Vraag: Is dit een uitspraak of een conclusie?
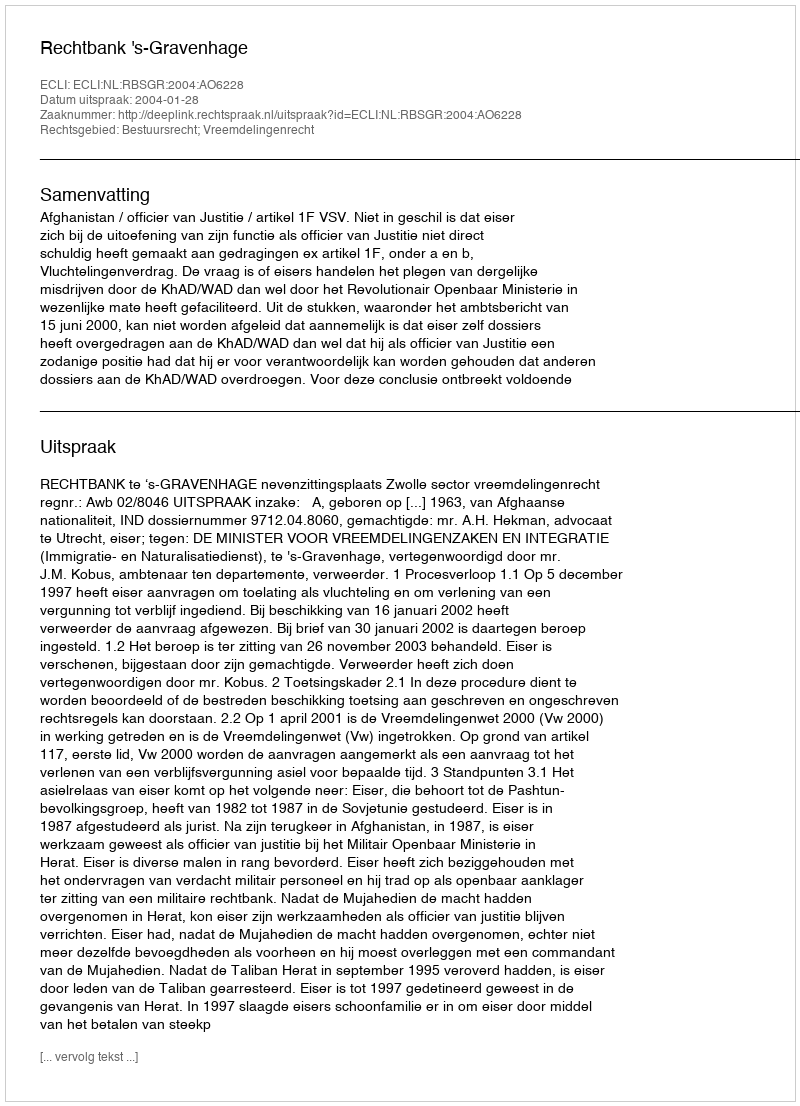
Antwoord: Uitspraak